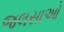
જલસાઓ